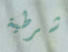
شرطية